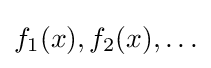
f_{1}(x),f_{2}(x),\ldots